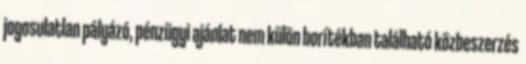
jogosulatlan pályázó, pénzügyi ajánlat nem külön borítékban található közbeszerzés